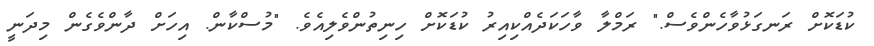
ކުޑަކޮށް ރަނގަޅުވާހެންވެސް." ރަމްލާ ވާހަކަދެއްކިއިރު ކުޑަކޮށް ހިނިތުންވެލިއެވެ. "މުސްކާން. އިހަށް ދާންވެގެން މިދަނީ